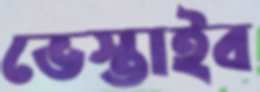
ভেস্তাইব